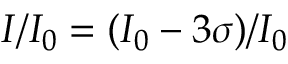
I / I _ { 0 } = ( I _ { 0 } - 3 \sigma ) / I _ { 0 }